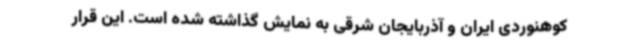
کوهنوردی ایران و آذربایجان شرقی به نمایش گذاشته شده است. این قرار